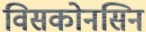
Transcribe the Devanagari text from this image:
विसकोनसिन